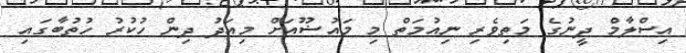
އިސްލާމް ދީނުގެ މަތިވެރި ނިއުމަތް މި މައުޟޫއަށް މިއަދު ދިން ހުކުރު ހުތުބާގައި